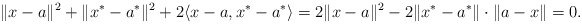
\begin{align*}\|x-a\|^2+\|x^*-a^*\|^2+2\langle x-a, x^*-a^*\rangle=2\|x-a\|^2-2\|x^*-a^*\|\cdot\|a-x\|=0.\end{align*}